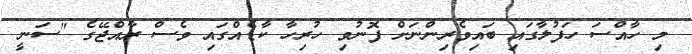
މި ހާއްސަ ހަފުލާގައި ބައިވެރިންނަށް ފޮނުވި ހުރިހާ ކާޑެއްގައި ވެސް ރާއްޖޭގެ "ސަނީ